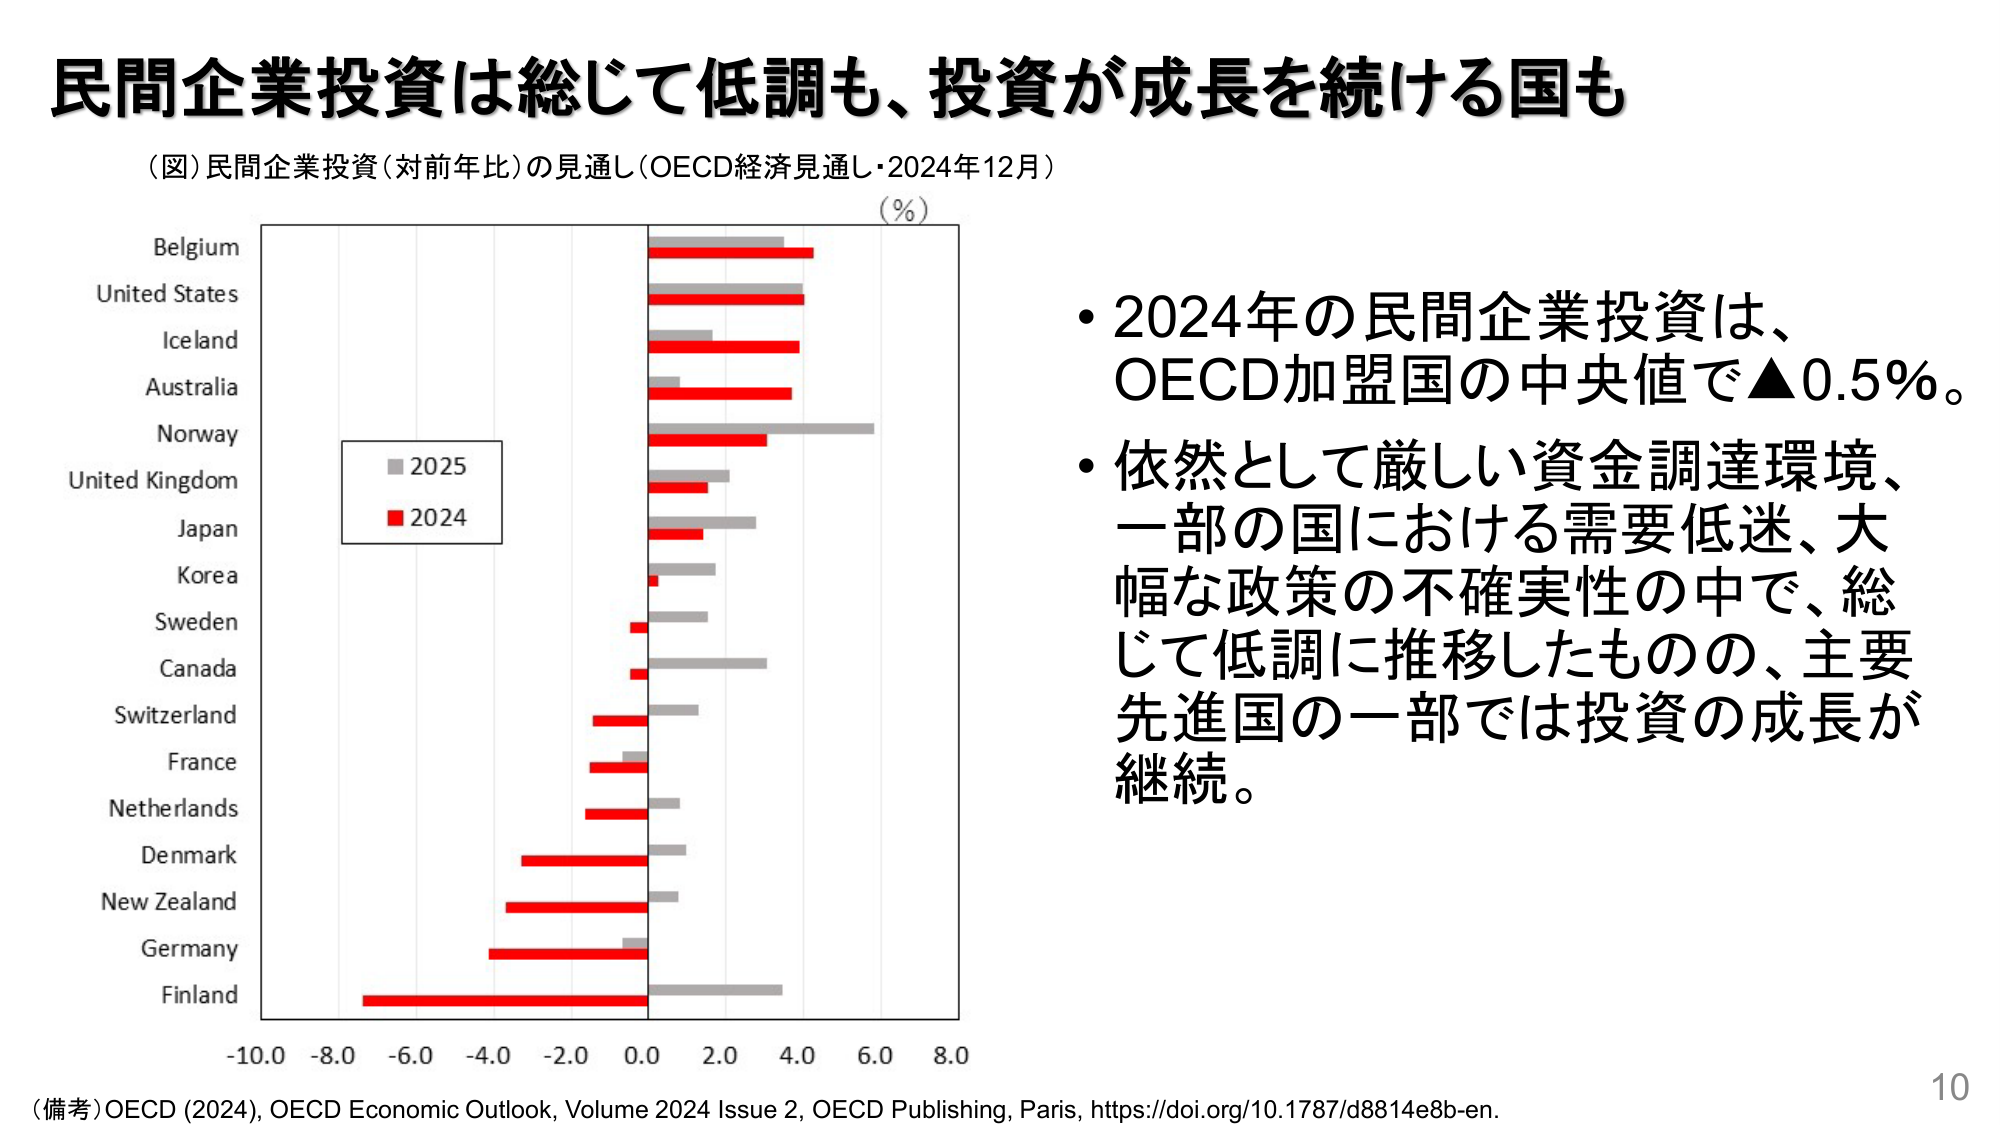
民間企業投資は総じて低調も、投資が成長を続ける国も
（図）民間企業投資（対前年比）の見通し（OECD経済見通し・2024年12月）
（％）
Belgium
United States
Iceland
Australia
Norway
United Kingdom
Japan
Korea
Sweden
Canada
Switzerland
France
Netherlands
Denmark
New Zealand
Germany
Finland
■ 2025
■ 2024
-10.0 -8.0 -6.0 -4.0 -2.0 0.0 2.0 4.0 6.0 8.0
・2024年の民間企業投資は、
OECD加盟国の中央値で▲0.5％。
・依然として厳しい資金調達環境、
一部の国における需要低迷、大幅な政策の不確実性の中で、総じて低調に推移したものの、主要先進国の一部では投資の成長が継続。
（備考）OECD (2024), OECD Economic Outlook, Volume 2024 Issue 2, OECD Publishing, Paris, https://doi.org/10.1787/d8814e8b-en.
10